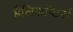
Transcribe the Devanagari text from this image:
हैलिकॉप्टर्स